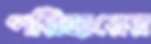
পরিহারের